Annual report on the Civil Veterinary Department, Burma (including the Insein Veterinary School) - 1923-1931
Year: 1923
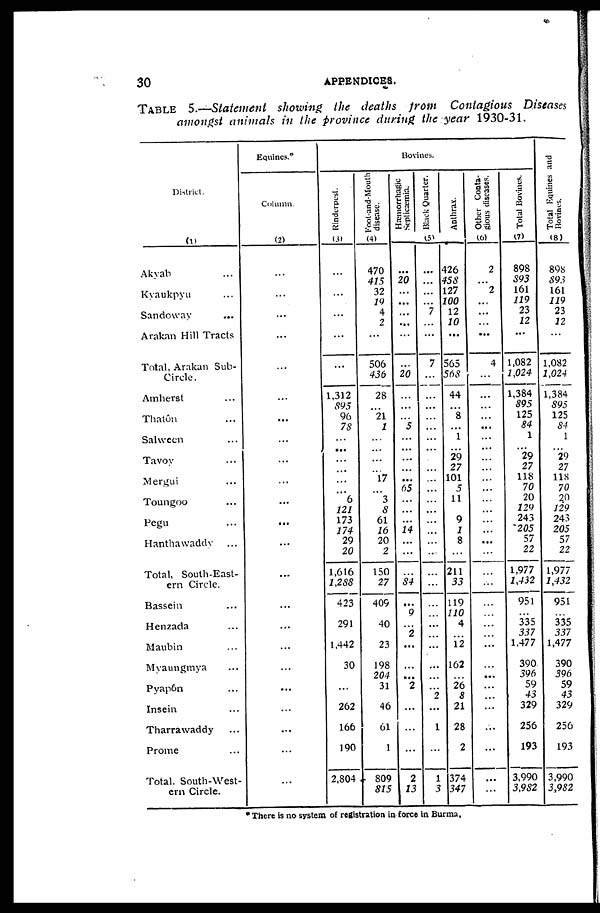
30
APPENDICES.
TABLE 5.—Statement showing the deaths from Contagious Diseases
amongst animals in the province during the year 1930-31.
District
(1)
Akyab ...
Kyaukpyu ...
Sandoway ...
Arakan Hill Tracts
Total, Arakan Sub-
Circle.
Amherst ...
Thatôn ...
Salween ...
Tavoy ...
Mergui ...
Toungoo ...
Pegu ...
Hanthawaddy ...
Total, South-East-
ern Circle.
Bassein ...
Henzada ...
Maubin ...
Myaungmya ...
Pyapon ...
Insein ...
Tharrawaddy ...
Prome ...
Total. South-West-
ern Circle.
Equines.
Column
(2)
...
...
...
...
...
...
...
...
...
...
...
...
...
...
...
...
...
...
...
...
...
...
...
Bovines
Rinderpest.
(3)
...
...
...
...
...
1,312
895
96
78
...
...
...
...
...
...
6
121
173
174
29
20
1,616
1,288
423
...
291
...
1 442
30
...
262
166
190
2,804
disease.
(4)
470
415
32
19
4
2
...
506
436
28
...
21
1
...
...
...
...
17
...
3
8
61
16
20
2
150
27
409
...
40
...
23
198
204
31
46
61
1
809
815
Septicæmia.
Black Quarter.
Anthrax
(5)
...
20
...
...
...
...
...
...
20
...
...
...
5
...
...
...
...
...
65
...
...
...
14
...
...
...
84
...
9
...
2
...
...
...
2
...
...
...
2
23
...
...
...
...
7
...
...
7
...
...
...
...
...
...
...
...
...
...
...
...
...
...
...
...
...
...
...
...
...
...
...
...
...
...
2
...
1
...
1
3
426
458
127
100
12
10
...
565
568
44
...
8
...
1
...
29
27
101
5
11
...
9
1
8
...
211
33
119
110
4
...
12
162
...
26
8
21
28
2
374
347
Other Conta-
gious diseases.
(6)
2
...
2
...
...
...
...
4
...
...
...
...
...
...
...
...
...
...
...
...
...
...
...
...
...
...
...
...
...
...
...
...
...
...
...
...
...
...
...
...
Tolal Bovines.
(7)
898
593
161
119
23
12
...
1,082
1,024
1,384
895
125
84
1
...
29 27
118
70
20
129
243
205
57
22
1,977
1,432
951
...
335
337
1,477
390
396
59
43
329
256
193
3,990
3,982
Total Equines and
(8)
898
893
161
119
23
12
...
1,082
1,024
1,384
895
125
84
1
...
29 27
118
70
20
129
243
205
57
22
1,977
1,432
951
...
335
337
1,477
390
396
59
43
329
256
193
3,990
3,952
*There is no system of registration in force in Burma.